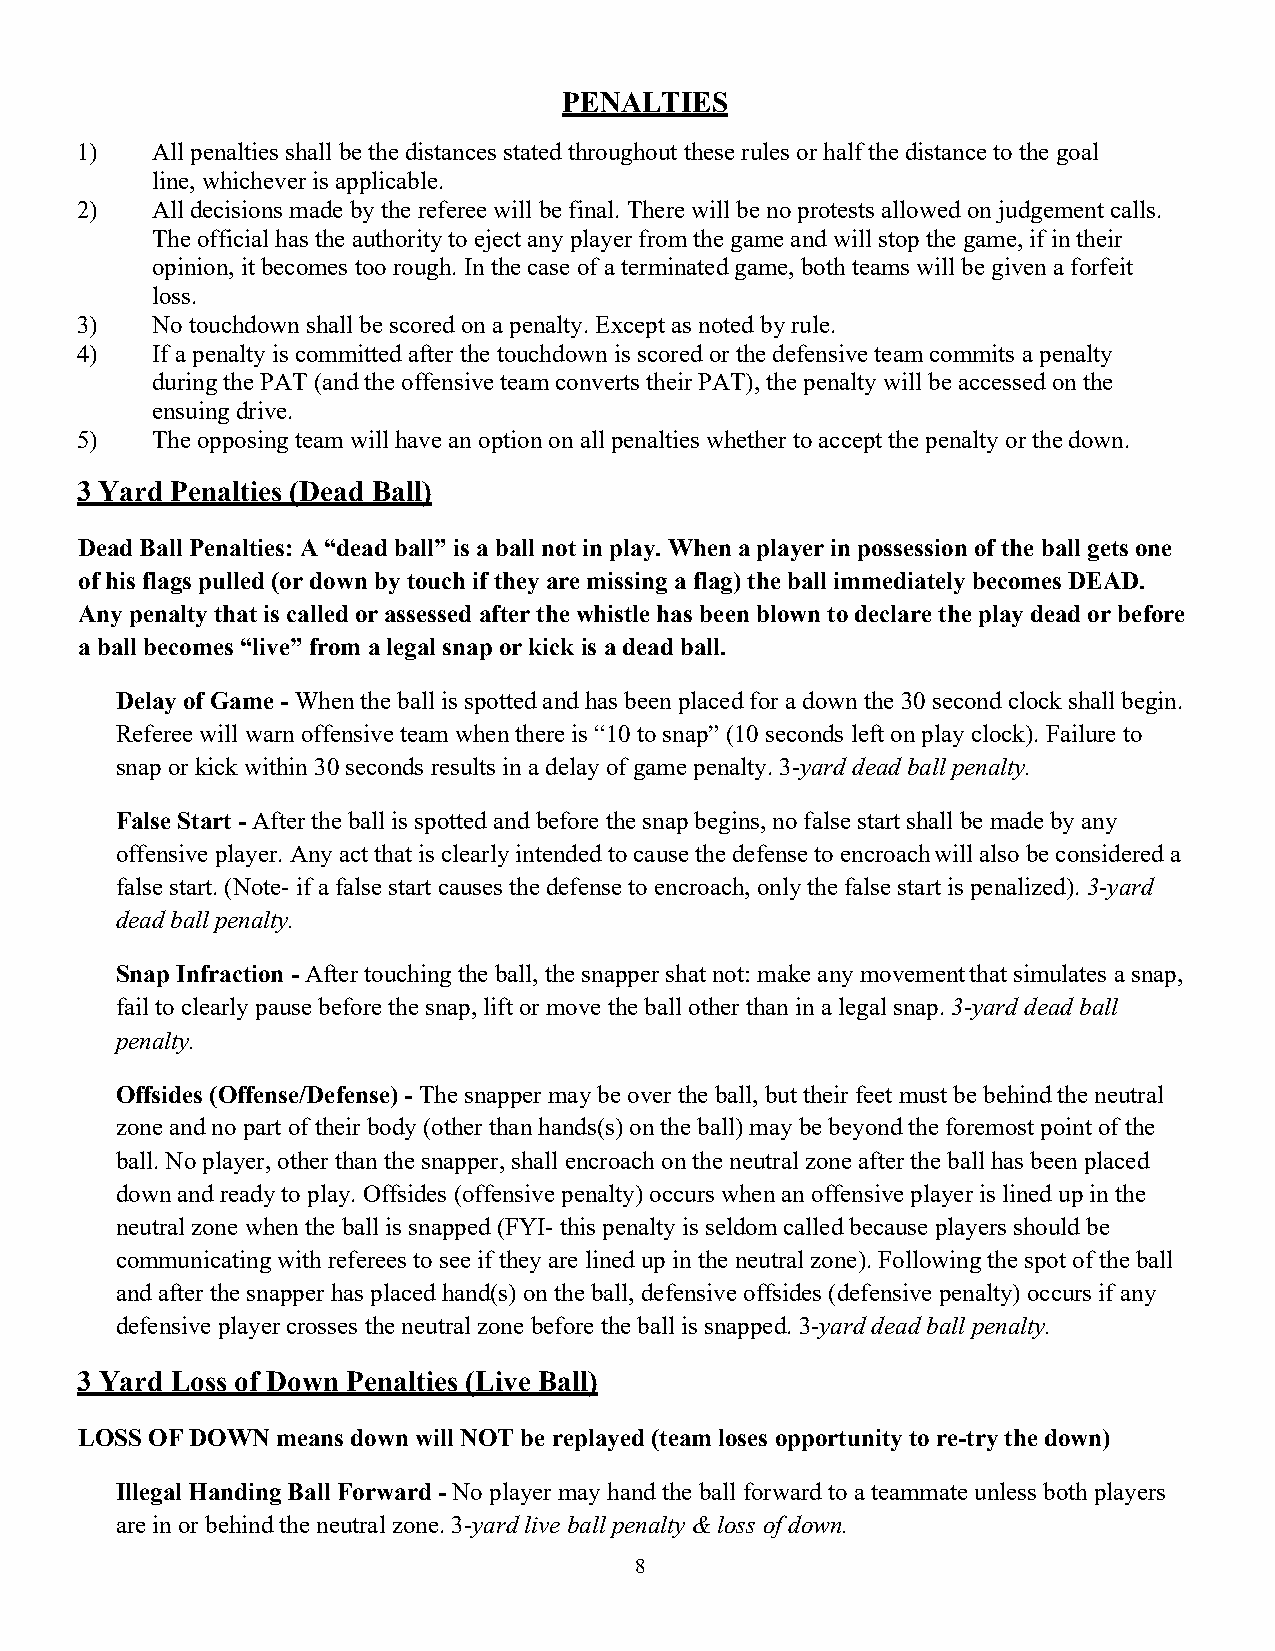
PENALTIES
 1)   All penalties shall be the distances stated throughout these rules or half the distance to the goal
 line, whichever is applicable.
 2)   All decisions made by the referee will be final. There will be no protests allowed on judgement calls.
 The official has the authority to eject any player from the game and will stop the game, if in their
 opinion, it becomes too rough. In the case of a terminated game, both teams will be given a forfeit
 loss.
 3)   No touchdown shall be scored on a penalty. Except as noted by rule.
 4)   If a penalty is committed after the touchdown is scored or the defensive team commits a penalty
 during the PAT (and the offensive team converts their PAT), the penalty will be accessed on the
 ensuing drive.
 5)   The opposing team will have an option on all penalties whether to accept the penalty or the down.
 3 Yard Penalties (Dead Ball)
 Dead Ball Penalties: A “dead ball” is a ball not in play. When a player in possession of the ball gets one
 of his flags pulled (or down by touch if they are missing a flag) the ball immediately becomes DEAD.
 Any penalty that is called or assessed after the whistle has been blown to declare the play dead or before
 a ball becomes “live” from a legal snap or kick is a dead ball.
 Delay of Game - When the ball is spotted and has been placed for a down the 30 second clock shall begin.
 Referee will warn offensive team when there is “10 to snap” (10 seconds left on play clock). Failure to
 snap or kick within 30 seconds results in a delay of game penalty. 3-yard dead ball penalty.
 False Start - After the ball is spotted and before the snap begins, no false start shall be made by any
 offensive player. Any act that is clearly intended to cause the defense to encroach will also be considered a
 false start. (Note- if a false start causes the defense to encroach, only the false start is penalized). 3-yard
 dead ball penalty.
 Snap Infraction - After touching the ball, the snapper shat not: make any movement that simulates a snap,
 fail to clearly pause before the snap, lift or move the ball other than in a legal snap. 3-yard dead ball
 penalty.
 Offsides (Offense/Defense) - The snapper may be over the ball, but their feet must be behind the neutral
 zone and no part of their body (other than hands(s) on the ball) may be beyond the foremost point of the
 ball. No player, other than the snapper, shall encroach on the neutral zone after the ball has been placed
 down and ready to play. Offsides (offensive penalty) occurs when an offensive player is lined up in the
 neutral zone when the ball is snapped (FYI- this penalty is seldom called because players should be
 communicating with referees to see if they are lined up in the neutral zone). Following the spot of the ball
 and after the snapper has placed hand(s) on the ball, defensive offsides (defensive penalty) occurs if any
 defensive player crosses the neutral zone before the ball is snapped. 3-yard dead ball penalty.
 3 Yard Loss of Down Penalties (Live Ball)
 LOSS OF DOWN means down will NOT be replayed (team loses opportunity to re-try the down)
 Illegal Handing Ball Forward - No player may hand the ball forward to a teammate unless both players
 are in or behind the neutral zone. 3-yard live ball penalty & loss of down.
 8